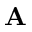
\mathbf { A }